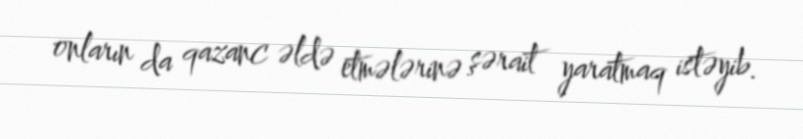
onların da qazanc əldə etmələrinə şərait yaratmaq istəyib.